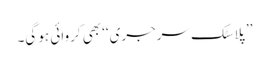
’’پلاسٹک سرجری‘‘ بھی کروائی ہو گی۔